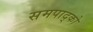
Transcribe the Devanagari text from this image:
समपाद्को